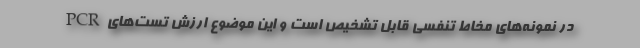
در نمونه‌های مخاط تنفسی قابل تشخیص است و این موضوع ارزش تست‌های PCR